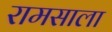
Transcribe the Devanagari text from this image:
रामसाला